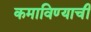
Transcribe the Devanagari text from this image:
कमाविण्याची